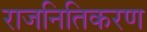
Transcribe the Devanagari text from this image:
राजनितिकरण